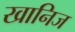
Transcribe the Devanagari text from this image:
खानिज